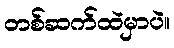
တစ်ဆက်ထဲမှာပဲ။